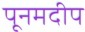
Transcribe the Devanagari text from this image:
पूनमदीप